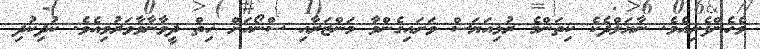
ވެހެންފެށިއެވެ. ނާޔަލްދެކެ ކިތަންމެ ރުޅިއަޔަސް ވަށައިގެންވާ މަންޒަރާއި ސްނޯއަށް ހިތް ދީވާނާވާވަރުވިއެވެ. ކުދިކުދި